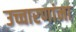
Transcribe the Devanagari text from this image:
उच्चारणांना